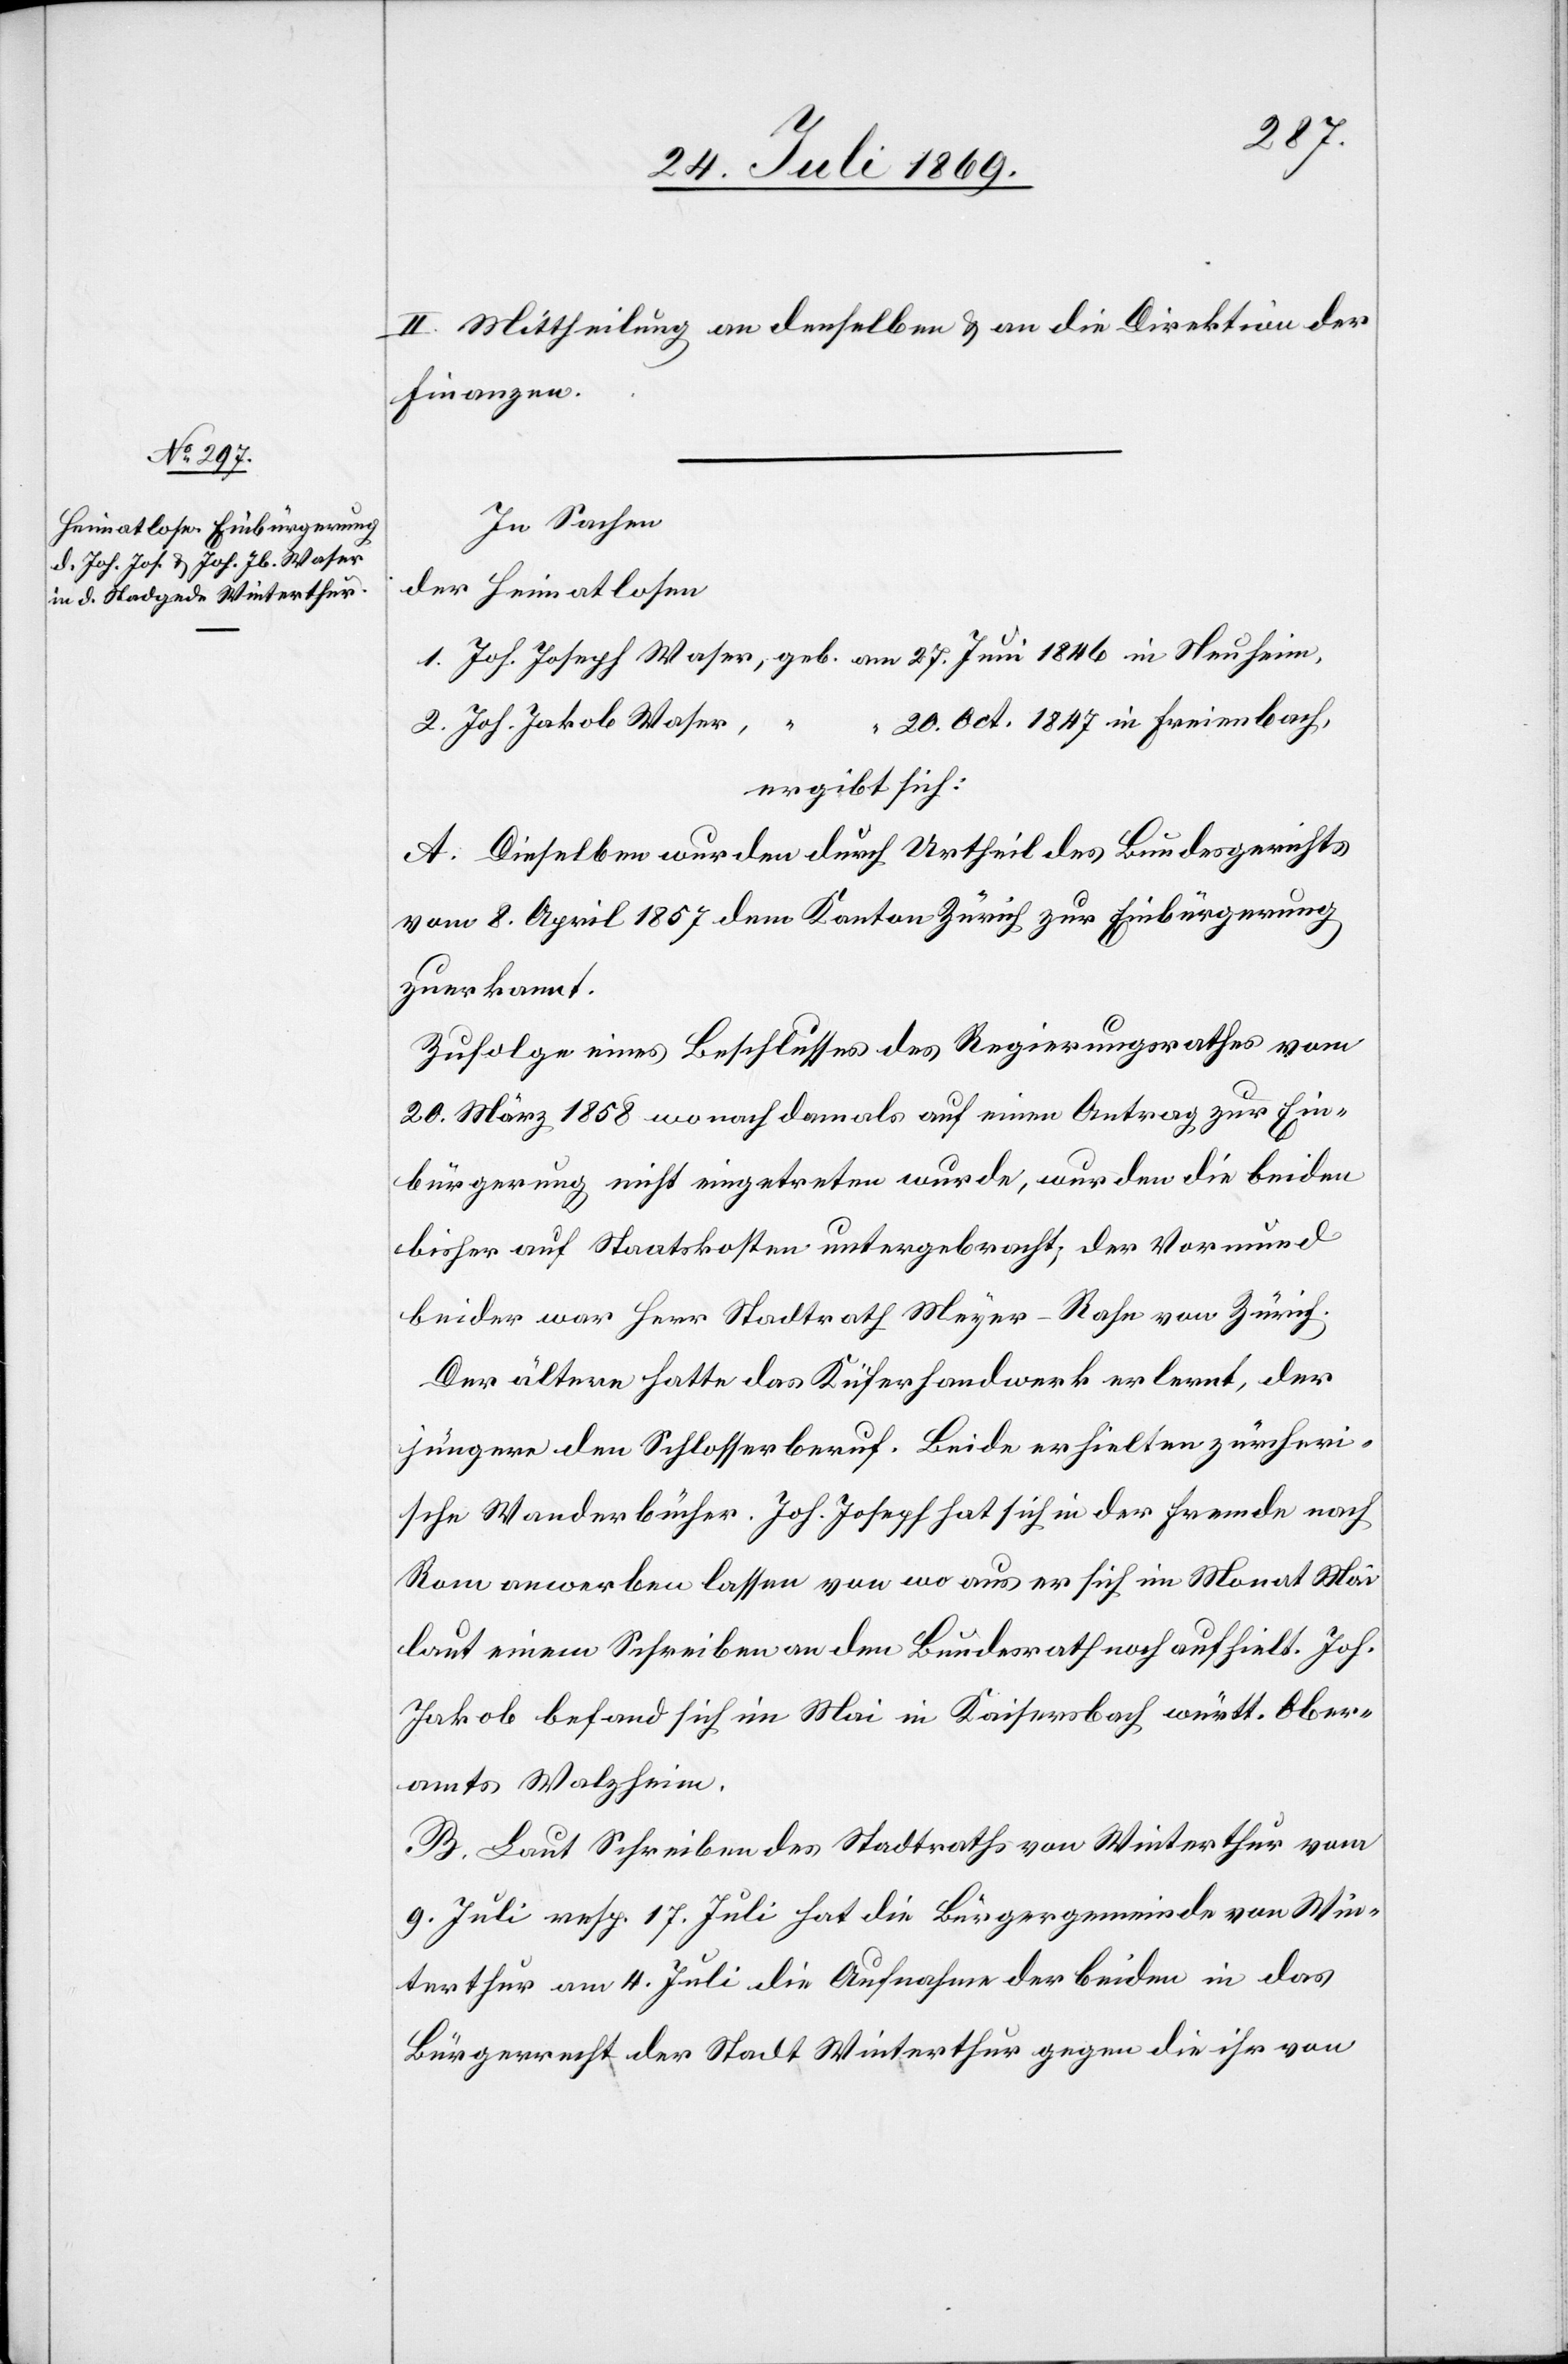
II. Mittheilung an denselben u. an die Direktion der
Finanzen.